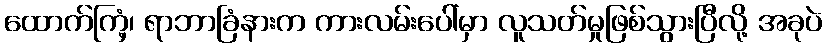
ထောက်ကြံ့၊ ရာဘာခြံနားက ကားလမ်းပေါ်မှာ လူသတ်မှုဖြစ်သွားပြီလို့ အခုပဲ